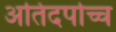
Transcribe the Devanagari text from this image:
अतिदर्पाच्च